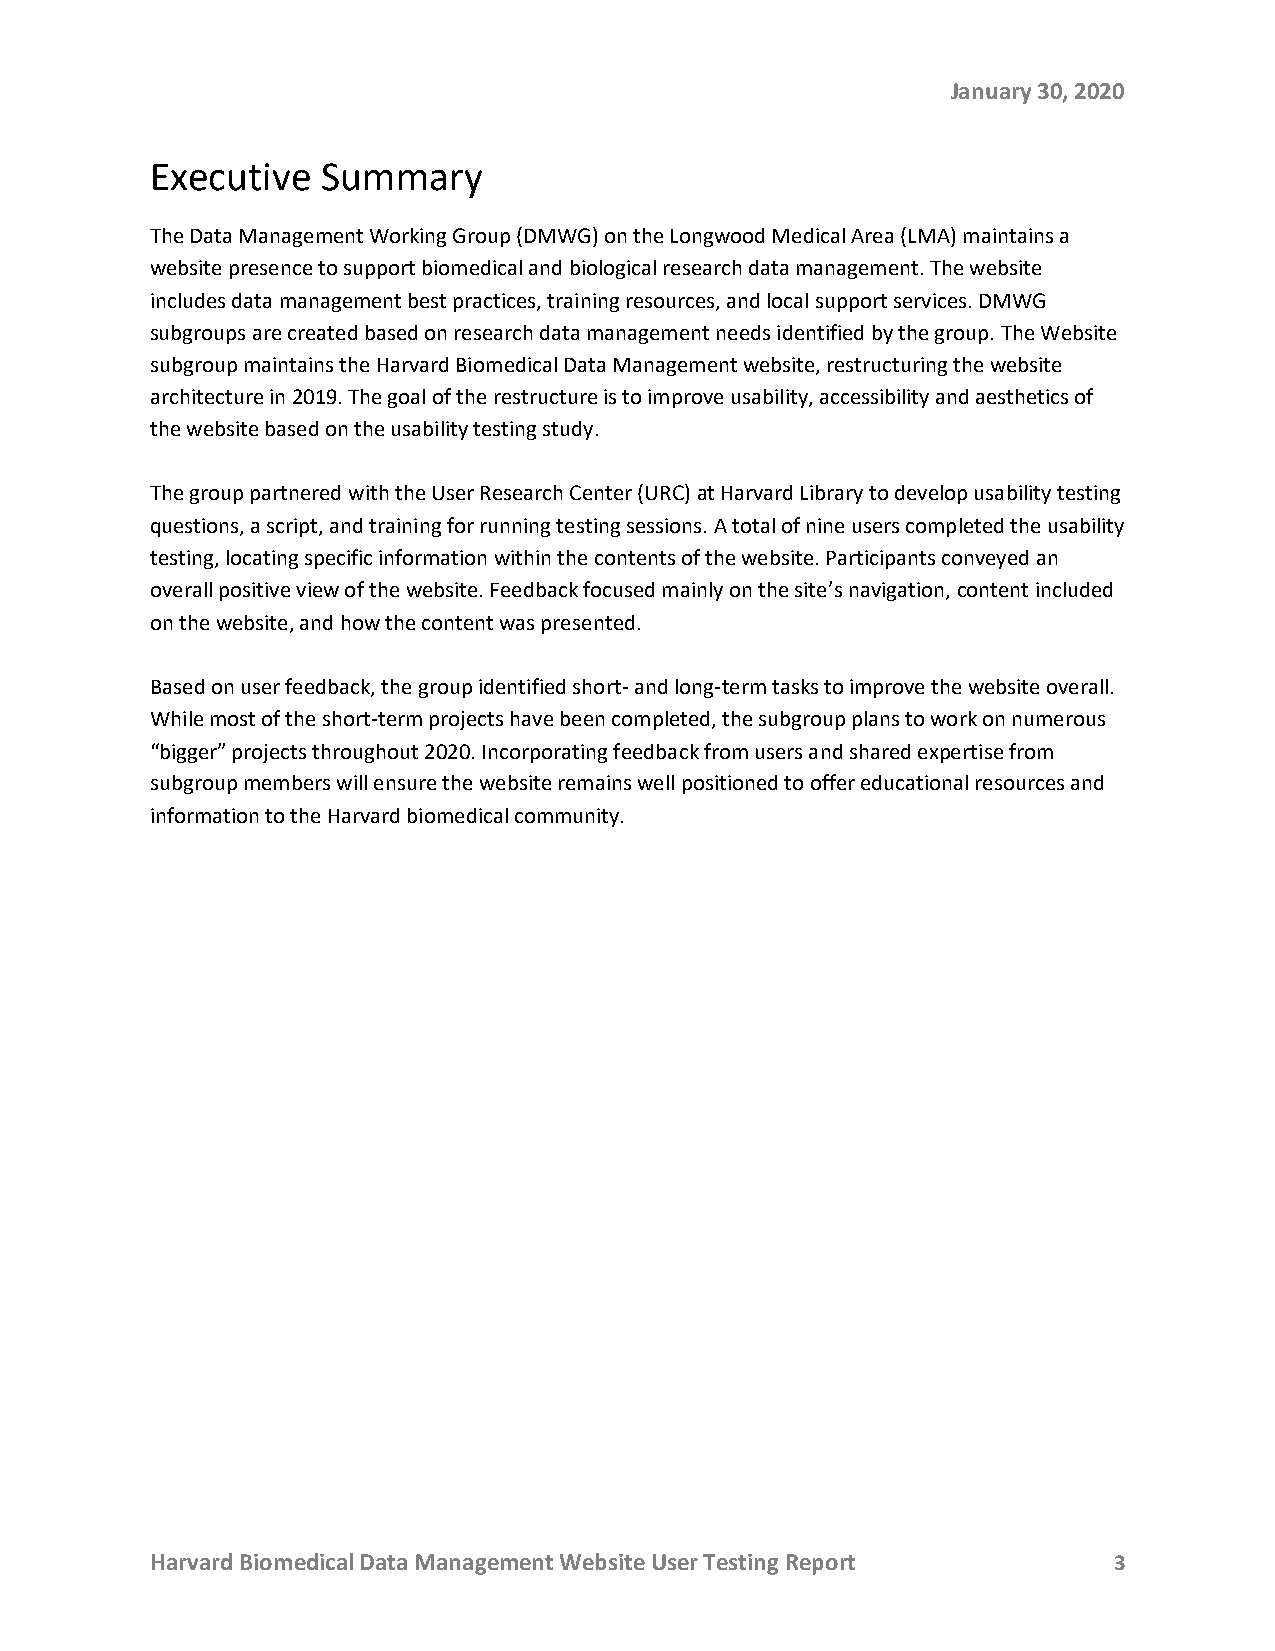
January 30, 2020
 Executive  Summary
 The Data Management Working Group (DMWG) on the Longwood Medical Area (LMA) maintains a
 website presence to support biomedical and biological research data management. The website
 includes data management best practices, training resources, and local support services. DMWG
 subgroups are created based on research data management needs identified by the group. The Website
 subgroup maintains the Harvard Biomedical Data Management website, restructuring the website
 architecture in 2019. The goal of the restructure is to improve usability, accessibility and aesthetics of
 the website based on the usability testing study.
 The group partnered with the User Research Center (URC) at Harvard Library to develop usability testing
 questions, a script, and training for running testing sessions. A total of nine users completed the usability
 testing, locating specific information within the contents of the website. Participants conveyed an
 overall positive view of the website. Feedback focused mainly on the site’s navigation, content included
 on the website, and how the content was presented.
 Based on user feedback, the group identified short- and long-term tasks to improve the website overall.
 While most of the short-term projects have been completed, the subgroup plans to work on numerous
 “bigger” projects throughout 2020. Incorporating feedback from users and shared expertise from
 subgroup members will ensure the website remains well positioned to offer educational resources and
 information to the Harvard biomedical community.
 Harvard Biomedical Data Management Website User Testing Report  3